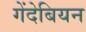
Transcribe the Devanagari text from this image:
गेंदेबियन